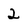
Character: 2